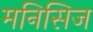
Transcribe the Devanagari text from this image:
मनिसिज